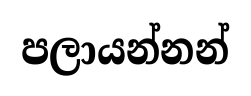
පලායන්නන්